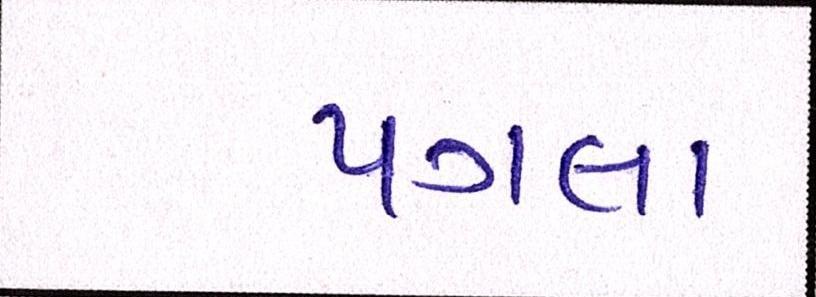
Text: પગલા